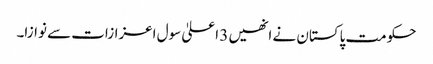
حکومت پاکستان نے انھیں 3 اعلیٰ سول اعزازات سے نوازا۔